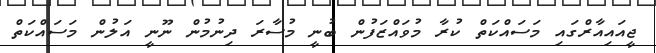
ޖީއައިއާރްގައި މަސައްކަތް ކުރާ މުވައްޒަފުން ބުނީ މުސާރަ ދިނުމުން ނޫނީ އަލުން މަސައްކަތް